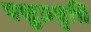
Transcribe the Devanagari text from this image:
पशुप्रवृत्ति